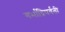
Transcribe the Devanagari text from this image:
गर्भाद्रिपर्वती